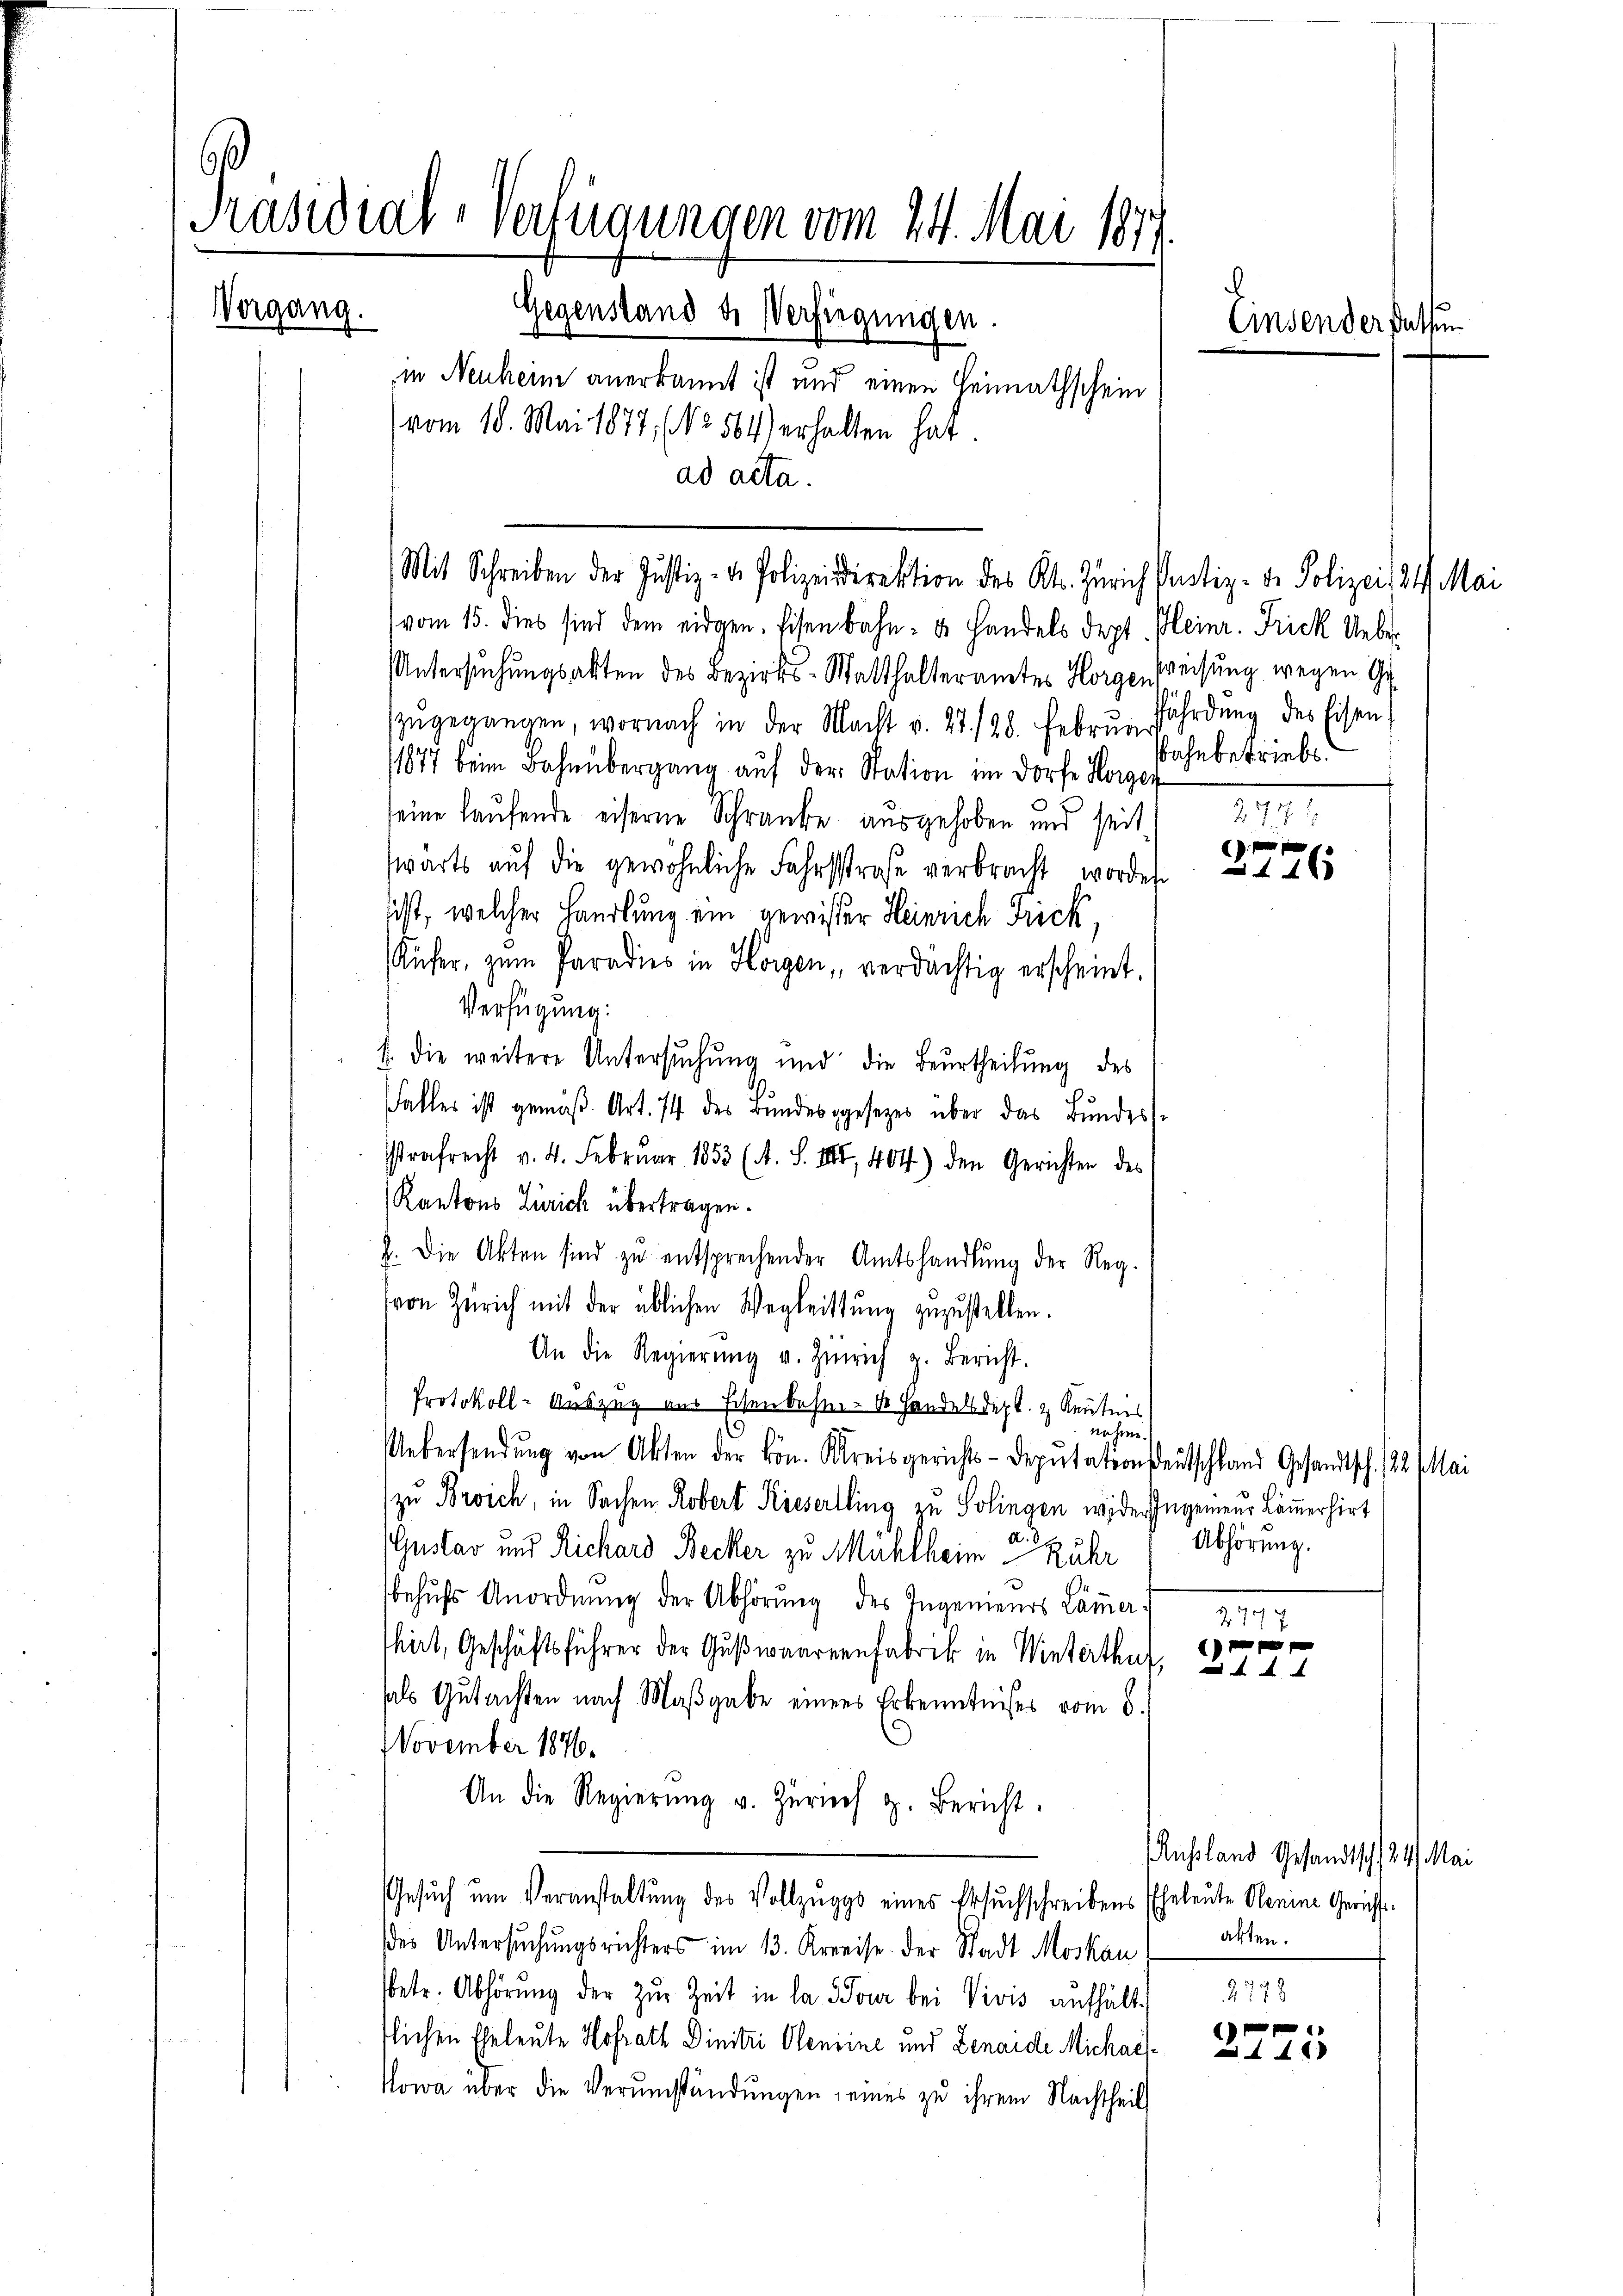
C
Präsidial-Verfügungen vom 24. Mai 1877
Vergang.
Gegenstand de Verfügungen.
.
in Neuheim anerkannt ist und einen Heimathschein
vom 18. Mai 1877, (NNo. 504) erhalten hat.
ad acta.

Mit Schreiben der Justiz- & Polizeidirektion des Kt. Zürich Pantiz- Ir Polizei, 21. Mai

vom 15. dies sind dem eidgen. Eisenbahn- u. Handels dept. Kleinr. Frick Ueber¬
Untersuchungsakten des Bezirks-Matthalteramtes Horge, Weisung wegen Gezŭgegangen, wornach in der Macht v. 27. 128. Febrŭn fährdung des Eisen,
11877 beim Bahnübergang auf der Station im Dorfe Horgen
seine laufende eiserne Schranke ausgehoben und seit
wärts aŭf die gewöhnliche Fahrsstrafe verbracht worden
sist, welcher Handlung ein gewisser Heinrich Frick,
Küfer, zum Paradies in Horgen, verdächtig erscheint.
Verfügung:
f. die weitere Untersuchung und die Beurtheilung des
Falles ist gemäß Art. 74 des Bundesgesezes über das Bundessstrafrecht v. 4. Februar 1853 (A. S. 18, 404) den Gerichten des
Kantons Zürich übertragen.
2. Die Akten sind zu entsprechender Amtshandlung der Reg.
von Zürich mit der üblichen Wegleittŭng zuzustellen.
An die Regierŭng v. Zürich z. Bericht.
Protokoll-Auszug aus Schenbesin- 1 Handelsdept. & Kenntnis
nehme.
Uebersendung von Akten der kön. Kreisgerichts-Deputationsdeutschland Gesandtsch. 22. Mai
zu Broich, in Sachen Robert Kieserlling zu Solingen wider Ingenieur Lämmerhirt
Gustav und Richard Becker zu Mühlheim Rühr
behŭfs Anordnŭng der Abhörung des Ingenieurs Lämmer-
hirt, Geschäftsführer der Gußwaaren Fabrik in Winterthur
sals Gutachten nach Maßgabe eines Erkenntnißes vom 6.
November 1876.
An die Regierŭng v. Zürich z. Bericht.
Gesŭch ŭm Veranstaltung des Vollzuggs eines Ersuchschreibens Eheleute Oberine Gerichtsdes Untersuchungsrichters im 13. Kreise der Stadt Moskau alten.
betr. Abhörung der zur Zeit in la Pour bei Vivis aufhält 2778
tlichen Eheleute Hofrath Dinitri Oleneine und Lenardi Michae¬
Nowa über die Verumständungen eines zu ihrem Nachtheil

Einsenderfassun

Bahnbetriebe.
2717. 2

2797

48

Abhörung.

1
xx

Russland Gesandtsch, 24. Mai

p
448